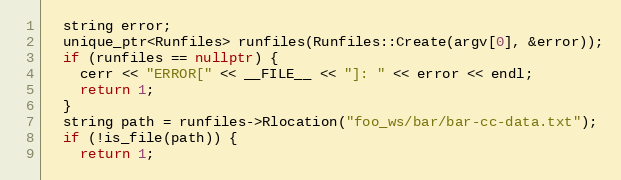
Language: C++
  string error;
  unique_ptr<Runfiles> runfiles(Runfiles::Create(argv[0], &error));
  if (runfiles == nullptr) {
    cerr << "ERROR[" << __FILE__ << "]: " << error << endl;
    return 1;
  }
  string path = runfiles->Rlocation("foo_ws/bar/bar-cc-data.txt");
  if (!is_file(path)) {
    return 1;